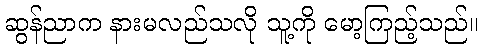
ဆွန်ညာက နားမလည်သလို သူ့ကို မော့ကြည့်သည်။